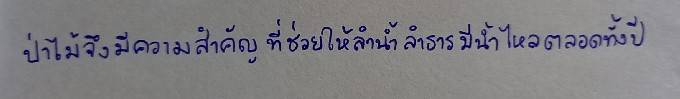
ป่าไม้จึงมีความสำคัญที่ช่วยให้ลำน้ำลำธารมีน้ำไหลตลอดทั้งปี